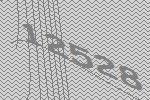
12528